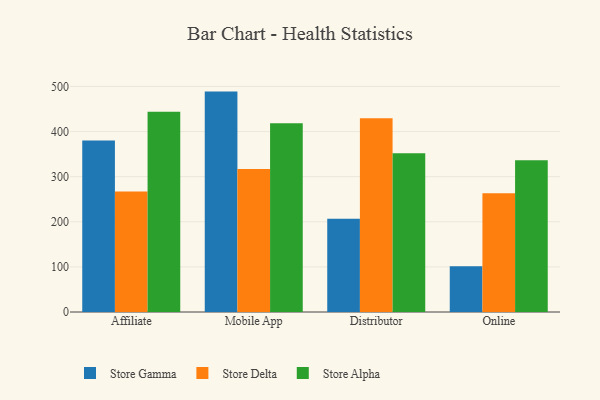
{"axis": {"x": "Channel", "y": "Latency (ms)"}, "legend": ["Store Alpha", "Store Delta", "Store Gamma"], "data": [{"x": "Affiliate", "y": 380.3, "type": "Store Gamma"}, {"x": "Affiliate", "y": 267.3, "type": "Store Delta"}, {"x": "Affiliate", "y": 443.7, "type": "Store Alpha"}, {"x": "Mobile App", "y": 488.6, "type": "Store Gamma"}, {"x": "Mobile App", "y": 317.1, "type": "Store Delta"}, {"x": "Mobile App", "y": 418.5, "type": "Store Alpha"}, {"x": "Distributor", "y": 206.8, "type": "Store Gamma"}, {"x": "Distributor", "y": 429.6, "type": "Store Delta"}, {"x": "Distributor", "y": 352.1, "type": "Store Alpha"}, {"x": "Online", "y": 101.5, "type": "Store Gamma"}, {"x": "Online", "y": 263.4, "type": "Store Delta"}, {"x": "Online", "y": 336.5, "type": "Store Alpha"}]}